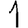
Digit: 1